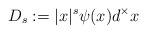
LaTeX: \begin{align*} D_s:=|x|^s \psi(x) d^\times x\end{align*}